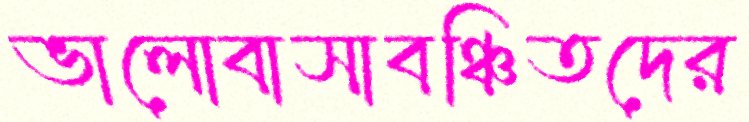
ভালোবাসাবঞ্চিতদের